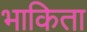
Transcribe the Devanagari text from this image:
भाकिता